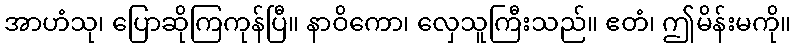
အာဟံသု၊ ပြောဆိုကြကုန်ပြီ။ နာဝိကော၊ လှေသူကြီးသည်။ ဧတံ၊ ဤမိန်းမကို။